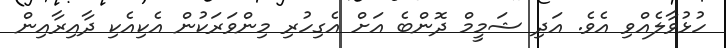
ހުޅުވާލެއްވި އެވެ. އަދި ޝަމީމް ދޮންބެ އަށް އެގިހުރި މިންވަރަކުން އެކިއެކި ދާއިރާއިން